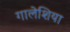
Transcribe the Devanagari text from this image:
गालेशिया